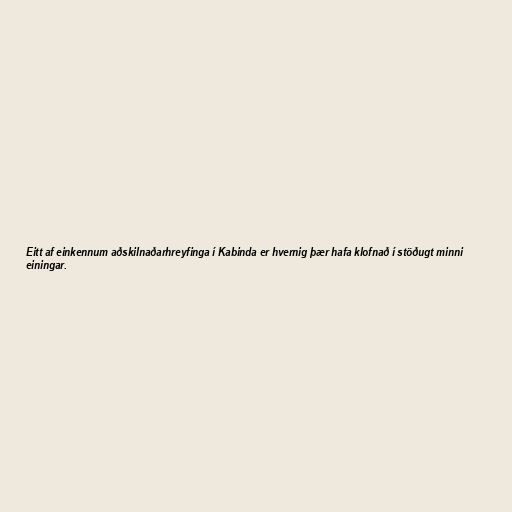
Eitt af einkennum aðskilnaðarhreyfinga í Kabinda er hvernig þær hafa klofnað í stöðugt minni
einingar.